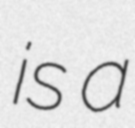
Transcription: is a